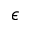
\epsilon